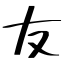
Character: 友